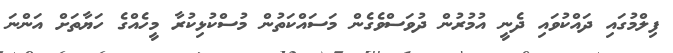
ފިލްމުގައި ދައްކުވައި ދެނީ އުމުރުން ދުވަސްވެގެން މަސައްކަތުން މުސްކުޅިކުރާ މީހެއްގެ ހަޔާތަށް އަންނަ